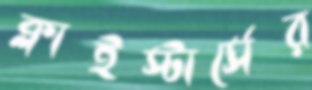
ক্লাইস্টার্সের